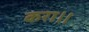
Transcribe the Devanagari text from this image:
करा॥